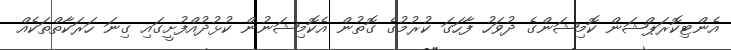
އެންޓިކޮރަޕްޝަން ކޮމިޝަންގެ ދުވަހު ފާހަގަ ކުރުމުގެ ގޮތުން އެކޮމިޝަނުން ކުޅުދުއްފުށީގައި ގިނަ ހަރަކާތްތަކެއް